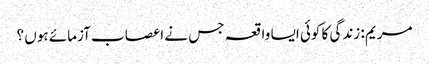
مریم : زندگی کا کوئی ایسا واقعہ جس نے اعصاب آزمائے ہوں ؟